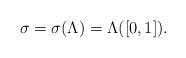
LaTeX: \begin{align*}\sigma = \sigma(\Lambda) = \Lambda([0,1]). \end{align*}